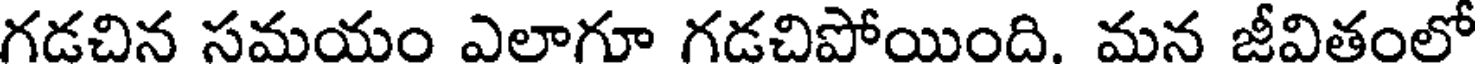
గడచిన సమయం ఎలాగూ గడచిపోయింది. మన జీవితంలో